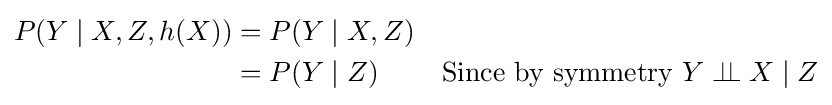
{\begin{aligned}P(Y\mid X,Z,h(X))&=P(Y\mid X,Z)\\&=P(Y\mid Z)&{\text{Since by symmetry }}Y\perp \!\!\!\perp X\mid Z\end{aligned}}